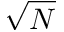
\sqrt { N }